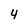
Character: 4